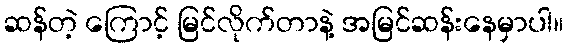
ဆန်တဲ့ ကြောင့် မြင်လိုက်တာနဲ့ အမြင်ဆန်းနေမှာပါ။